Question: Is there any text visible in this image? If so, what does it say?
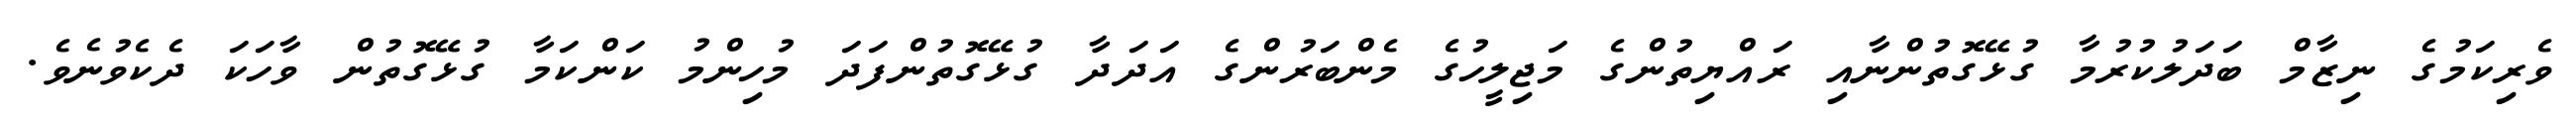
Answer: ވެރިކަމުގެ ނިޒާމް ބަދަލުކުރުމާ ގުޅޭގޮތުންނާއި ރައްޔިތުންގެ މަޖިލީހުގެ މެންބަރުންގެ އަދަދާ ގުޅޭގޮތުންފަދަ މުހިންމު ކަންކަމާ ގުޅޭގޮތުން ވާހަކަ ދެކެވުނެވެ.